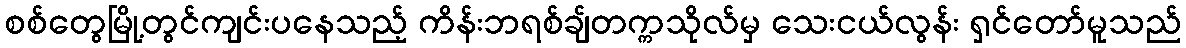
စစ်တွေမြို့တွင်ကျင်းပနေသည့် ကိန်းဘရစ်ချ်တက္ကသိုလ်မှ သေးငယ်လွန်း ရှင်တော်မူသည်